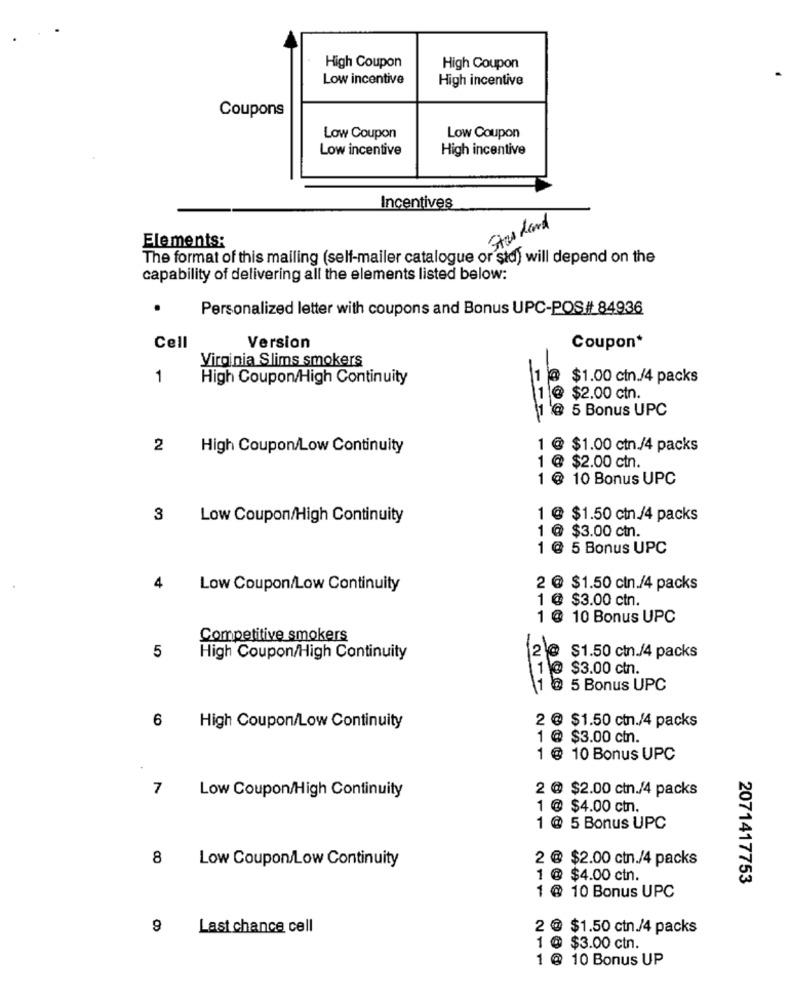
High Coupon
High Coupon
Low incentive
High incentive
Coupons
Low Coupon
Low Coupon
Low incentive
High incentive
Incentives
Standard
Elements:
The format of this mailing (self-mailer catalogue or std) will depend on the
capability of delivering all the elements listed below:
Personalized letter with coupons and Bonus UPC-POS# 84936
Cell
Version
Coupon*
Virginia Slims smokers
1
High Coupon/High Continuity
@ $1.00 cin./4 packs
1 @ $2.00 ctn.
1 @ 5 Bonus UPC
2
High Coupon/Low Continuity
1 @ $1.00 ctn./4 packs
1 @ $2.00 ctn.
1 @ 10 Bonus UPC
3
Low Coupon/High Continuity
1 @ $1.50 ctn /4 packs
1 @ $3.00 ctn.
1 @ 5 Bonus UPC
4
Low Coupon/Low Continuity
2 @ $1.50 cln./4 packs
1 @ $3.00 ctn.
1 @ 10 Bonus UPC
Competitive smokers
20
5
High Coupon/High Continuity
$1.50 ctn./4 packs
1 @ $3.00 ctn.
11
5 Bonus UPC
2 @ $1.50 ctn./4 packs
6
High Coupon/Low Continuity
1 @ $3.00 ct.
1 @ 10 Bonus UPC
7
Low Coupon/High Continuity
2 @ $2.00 ctn./4 packs
1 @ $4.00 ctn.
1 @ 5 Bonus UPC
8
Low Coupon/Low Continuity
2 @ $2.00 ctn./4 packs
1 @ $4.00 ctn.
2071417753
1 @ 10 Bonus UPC
9
Last chance cell
2 @ $1.50 ctn./4 packs
1 @ $3.00 ctn.
1 @ 10 Bonus UP